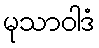
မုသာဝါဒံ